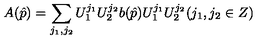
A ( \hat { p } ) = \sum _ { j _ { 1 } , j _ { 2 } } U _ { 1 } ^ { j _ { 1 } } U _ { 2 } ^ { j _ { 2 } } b ( \hat { p } ) U _ { 1 } ^ { j _ { 1 } } U _ { 2 } ^ { j _ { 2 } } ( j _ { 1 } , j _ { 2 } \in Z )